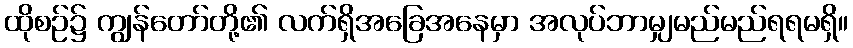
ထိုစဉ်၌ ကျွန်တော်တို့၏ လက်ရှိအခြေအနေမှာ အလုပ်ဘာမျှမည်မည်ရရမရှိ။